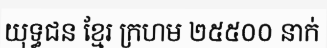
យុទ្ធជន ខ្មែរ ក្រហម ២៥៥០០ នាក់